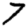
Digit: 7